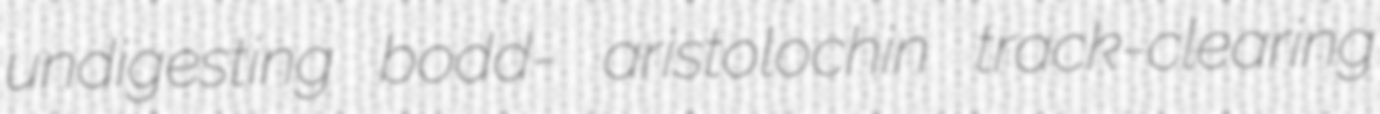
undigesting bodd- aristolochin track-clearing